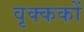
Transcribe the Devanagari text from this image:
वृक्ककों